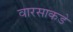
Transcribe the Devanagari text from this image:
वारसाकडे